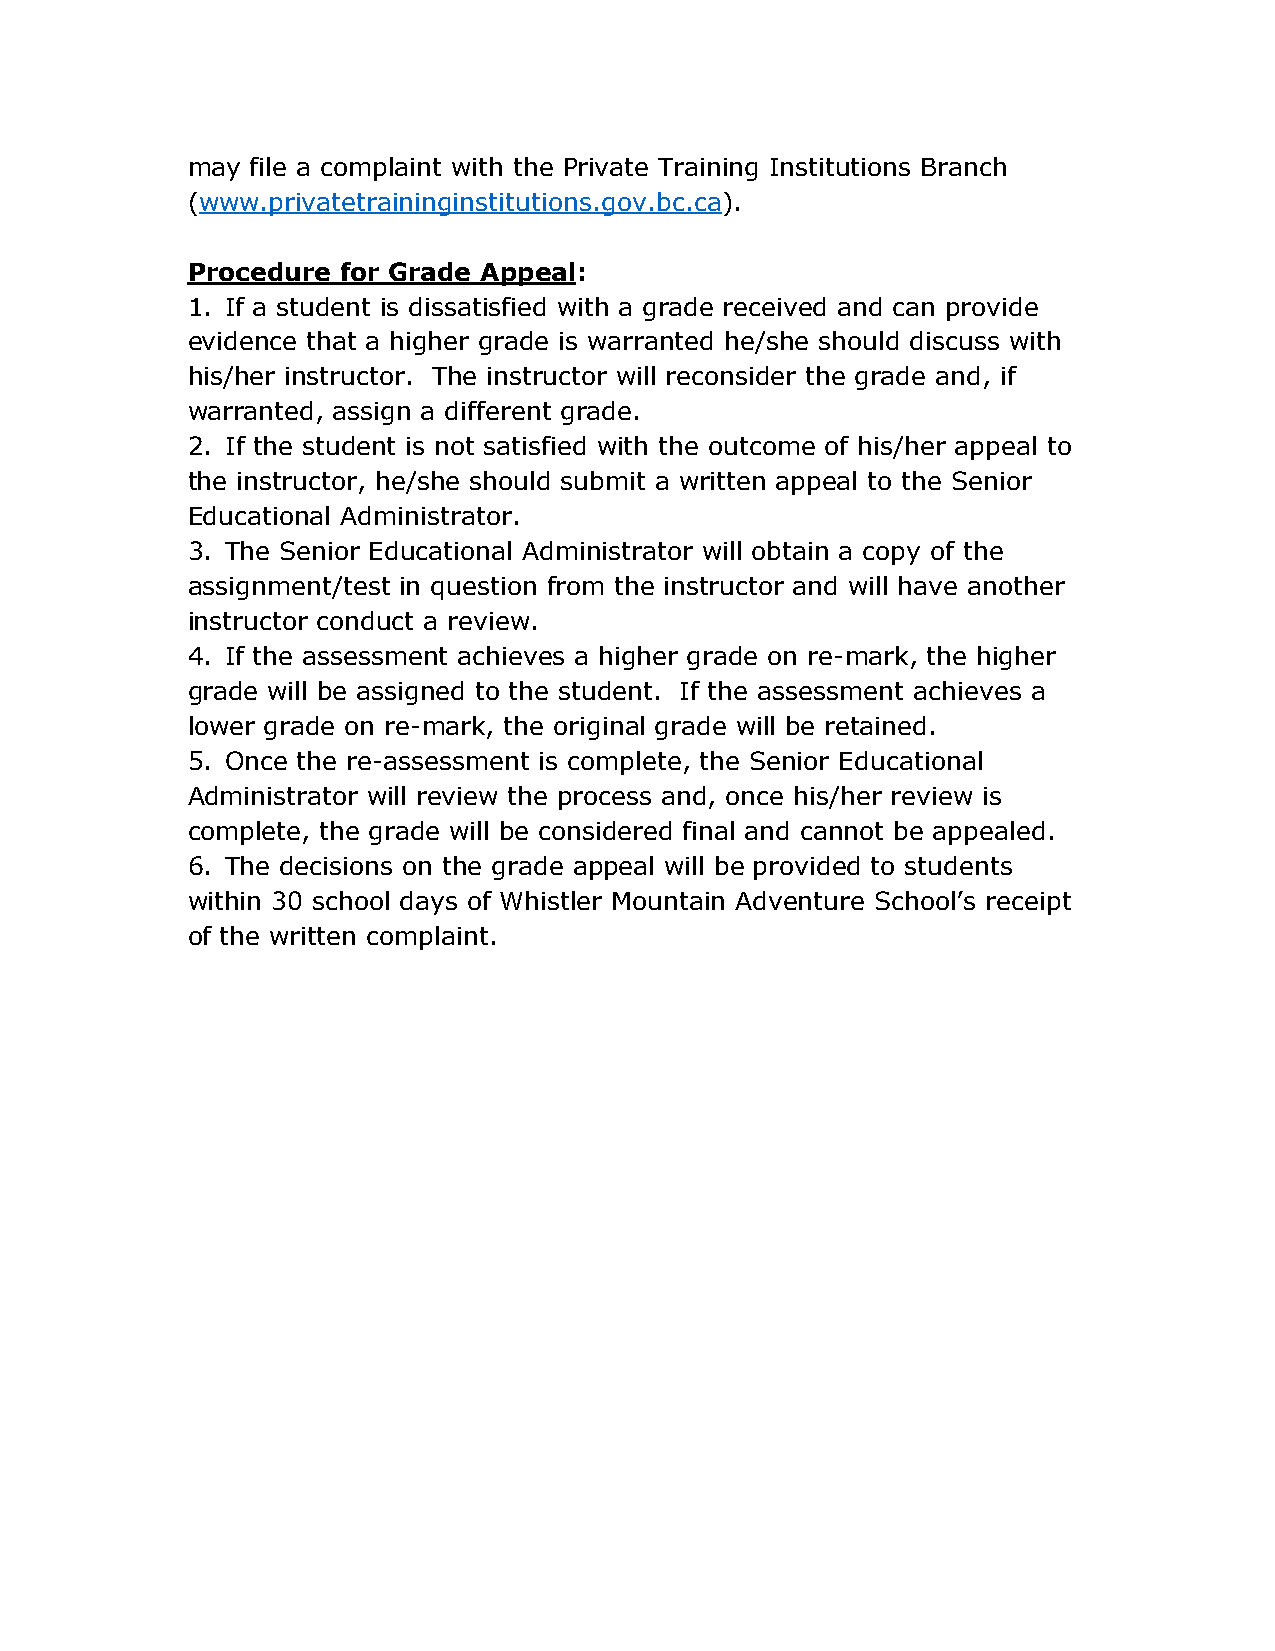
may  file a complaint with the Private Training Institutions Branch
 (www.privatetraininginstitutions.gov.bc.ca).
 Procedure for Grade Appeal:
 1. If a student is dissatisfied with a grade received and can provide
 evidence that a higher grade is warranted he/she should discuss with
 his/her instructor. The instructor will reconsider the grade and, if
 warranted, assign a different grade.
 2. If the student is not satisfied with the outcome of his/her appeal to
 the instructor, he/she should submit a written appeal to the Senior
 Educational Administrator.
 3. The Senior Educational Administrator will obtain a copy of the
 assignment/test in question from the instructor and will have another
 instructor conduct a review.
 4. If the assessment achieves a higher grade on re-mark, the higher
 grade will be assigned to the student. If the assessment achieves a
 lower grade on re-mark, the original grade will be retained.
 5. Once the re-assessment is complete, the Senior Educational
 Administrator will review the process and, once his/her review is
 complete, the grade will be considered final and cannot be appealed.
 6. The decisions on the grade appeal will be provided to students
 within 30 school days of Whistler Mountain Adventure School’s receipt
 of the written complaint.